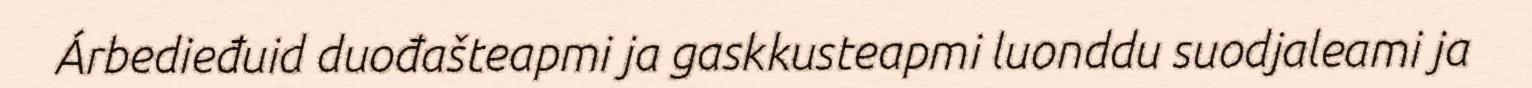
Árbedieđuid duođašteapmi ja gaskkusteapmi luonddu suodjaleami ja